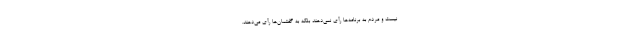
نیست و مردم به برنامه‌ها رأی نمی‌دهند بلکه به گفتمان‌ها رأی می‌دهند.